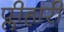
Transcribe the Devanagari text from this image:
प्लीहारी